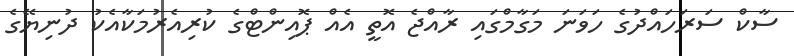
ސާކް ސަރަހައްދުގެ ހަވަނަ މަގާމްގައި ރާއްޖެ އޮތީ އެއް ޕޮއިންޓްގެ ކުރިއެރުމަކާއެކު ދުނިޔޭގެ